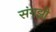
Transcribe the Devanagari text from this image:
संगझी